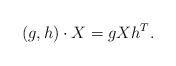
LaTeX: \begin{align*} (g, h) \cdot X = g X h^T.\end{align*}